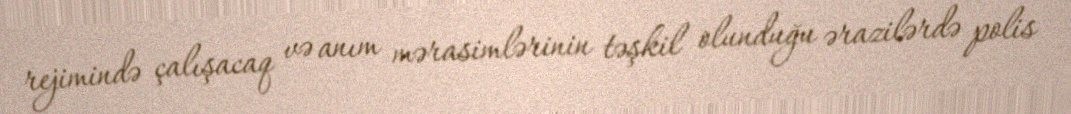
rejimində çalışacaq və anım mərasimlərinin təşkil olunduğu ərazilərdə polis